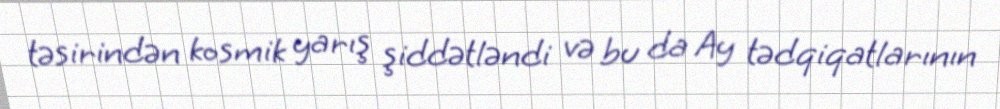
təsirindən kosmik yarış şiddətləndi və bu da Ay tədqiqatlarının